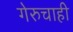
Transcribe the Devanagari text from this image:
गेरुचाही